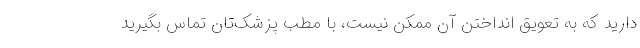
دارید که به تعویق انداختن آن ممکن نیست، با مطب پزشک‌تان تماس بگیرید